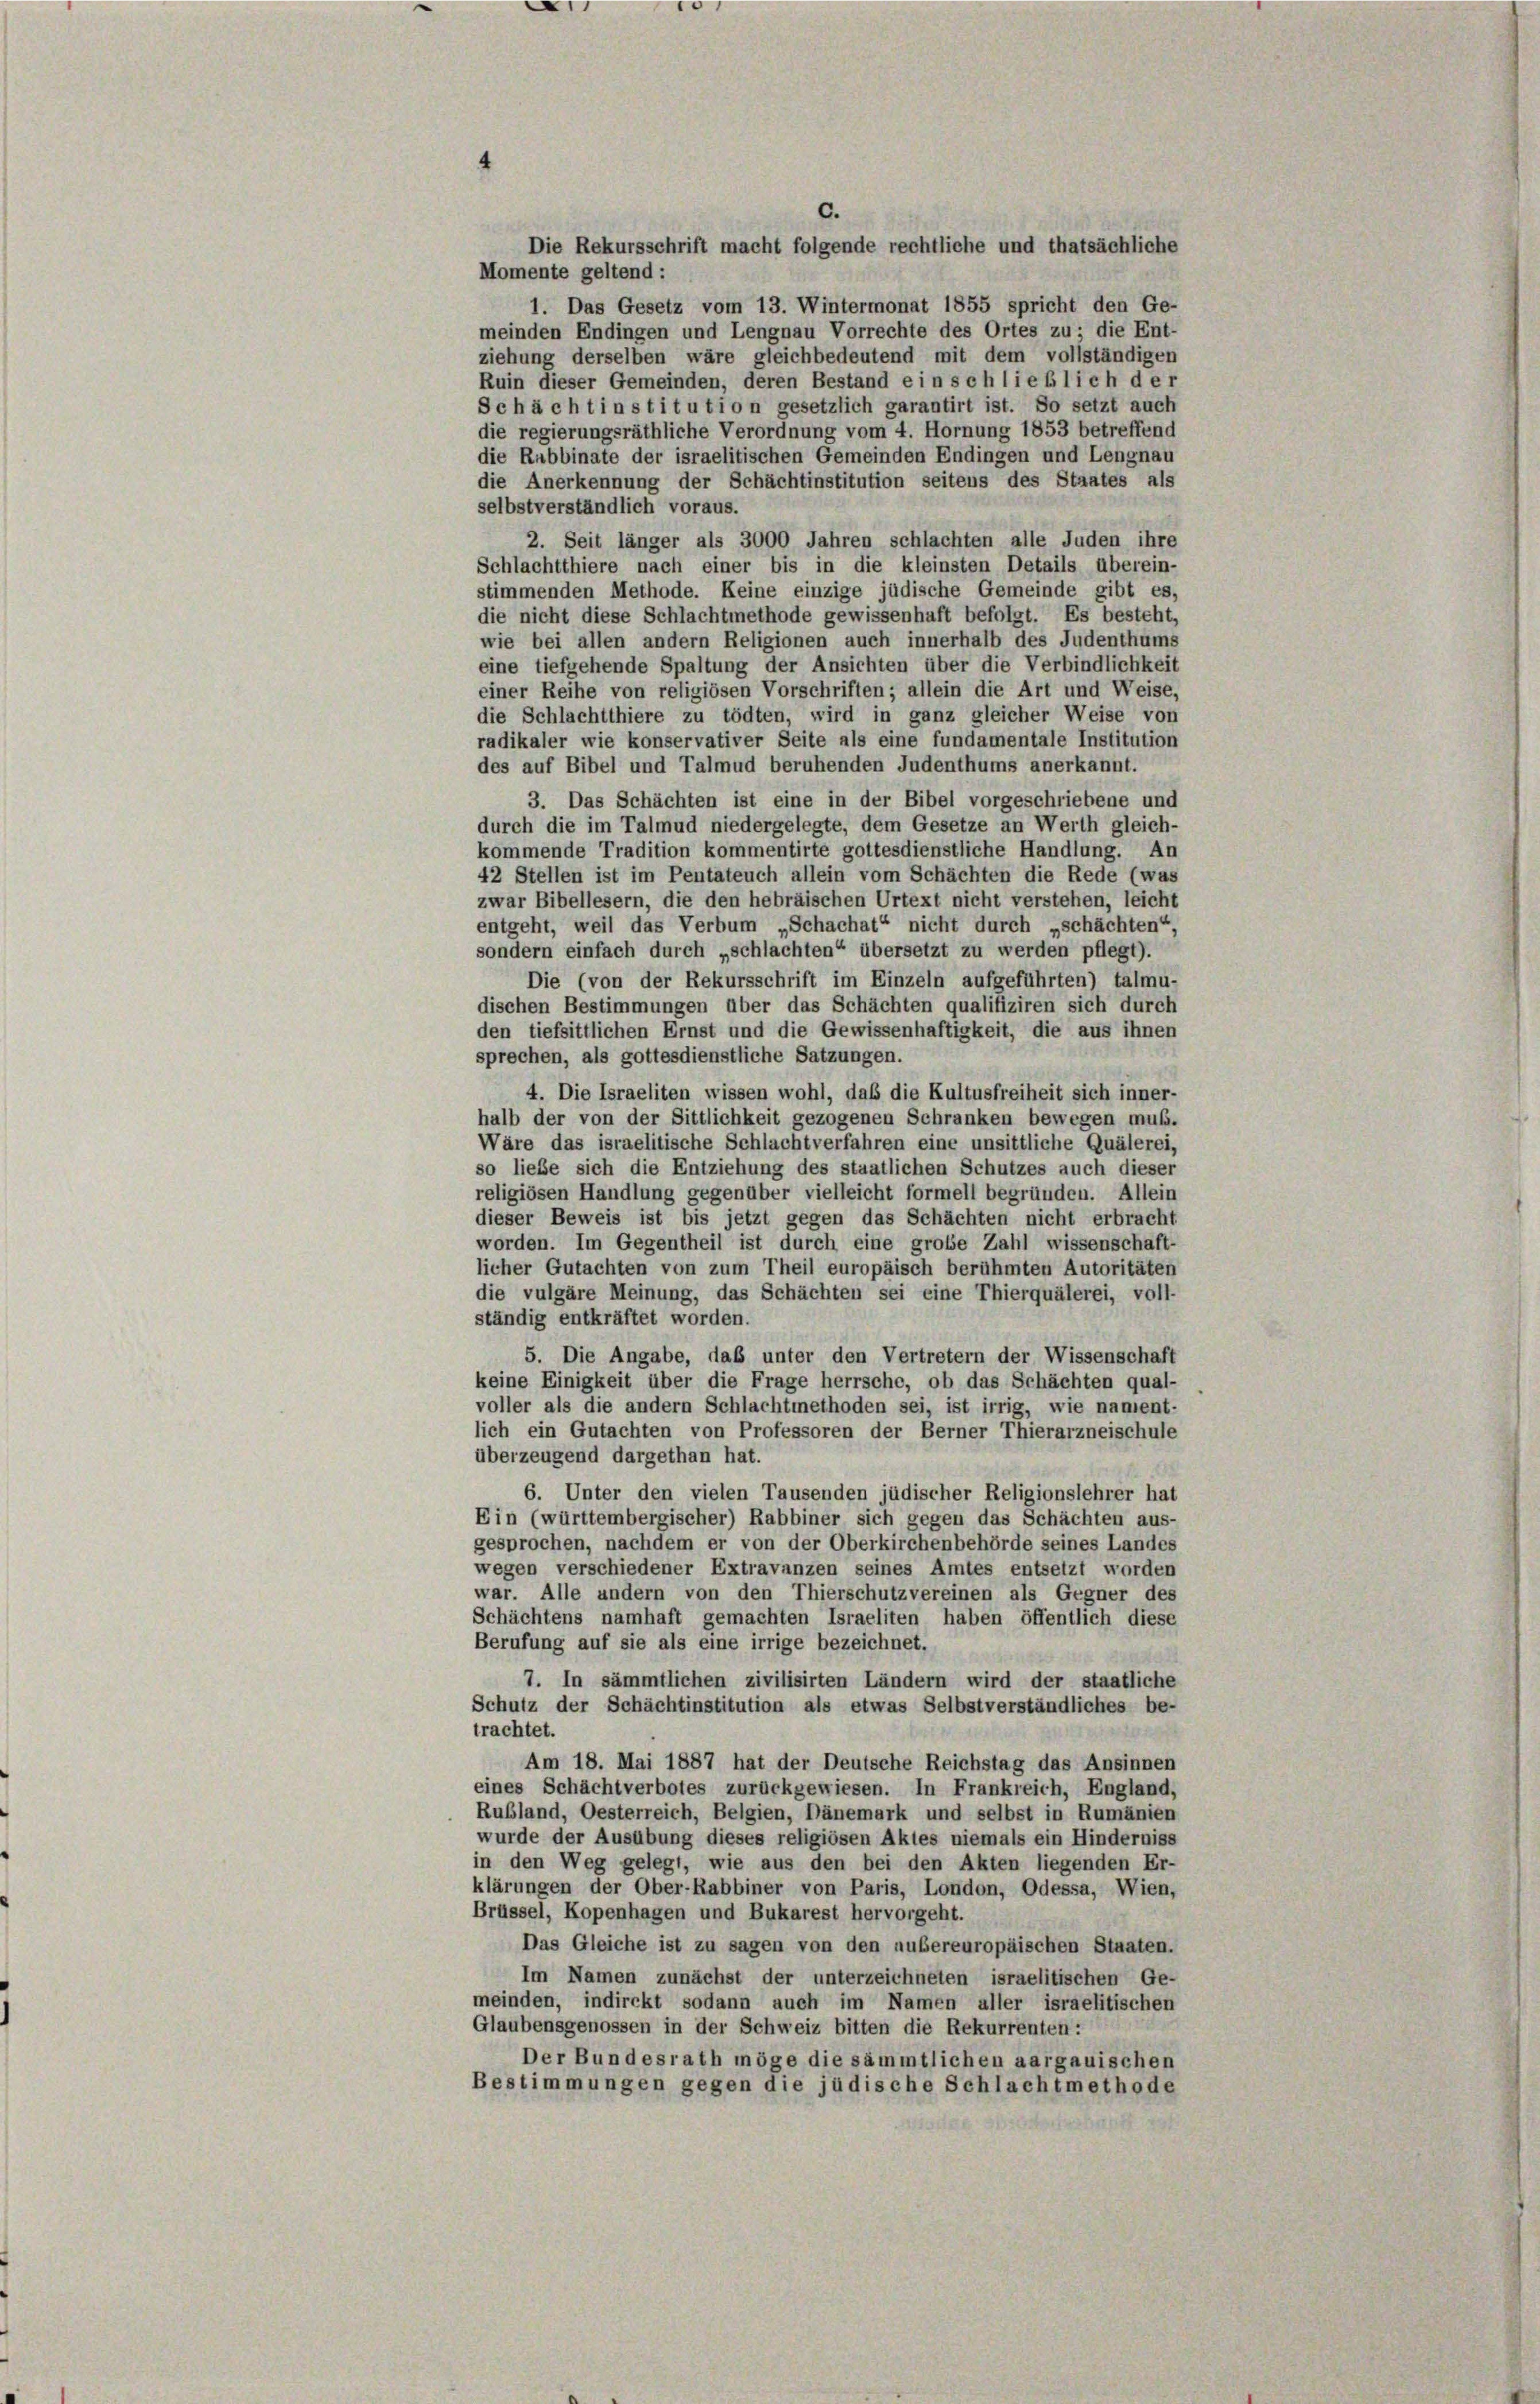
.

0

c.
Die Rekursschrift macht folgende rechtliche und thatsächliche
Momente geltend:
1. Das Gesetz vom 13. Wintermonat 1855 spricht den Ge-
meinden Endingen und Lengnau Vorrechte des Ortes zu die Ent-
ziehung derselben wäre gleichbedeutend mit dem vollständigen
Ruin dieser Gemeinden, deren Bestand ein schließlich der
Sch à ch tinstitution gesetzlich garantirt ist. So setzt auch
die regierungsräthliche Verordnung vom 4. Hornung 1853 betreffend
die Rubbinate der israelitischen Gemeinden Endingen und Lengnau
die Anerkennung der Schächtinstitution seitens des Staates als
selbstverständlich voraus.
2. Seit länger als 3000 Jahren schlachten alle Juden ihre
Schlachtthiere nach einer bis in die kleinsten Details überein-
stimmenden Methode. Keine einzige jüdische Gemeinde gibt es,
die nicht diese Schlachtmethode gewissenhaft befolgt. Es besteht,
wie bei allen andern Religionen auch innerhalb des Judenthums
eine tiefgehende Spaltung der Ansichten über die Verbindlichkeit
einer Reihe von religiösen Vorschriften; allein die Art und Weise,
die Schlachtthiere zu tödten, wird in ganz gleicher Weise von
radikaler wie konservativer Seite als eine fundamentale Institution
des auf Bibel und Talmud beruhenden Judenthums anerkannt.
3. Das Schächten ist eine in der Bibel vorgeschriebene und
durch die im Talmud niedergelegte, dem Gesetze an Werth gleich-
kommende Tradition kommentirte gottesdienstliche Handlung. An
42 Stellen ist im Pentateuch allein vom Schächten die Rede (was
zwar Bibellesern, die den hebräischen Urtext nicht verstehen, leicht
entgeht, weil das Verbum „Schachat“ nicht durch „schächten“,
sondern einfach durch „schlachten“ übersetzt zu werden pflegt).
Die (von der Rekursschrift im Einzeln aufgeführten) talmu-
dischen Bestimmungen über das Schächten qualifiziren sich durch
den tiefsittlichen Ernst und die Gewissenhaftigkeit, die aus ihnen
sprechen, als gottesdienstliche Satzungen.
4. Die Israeliten wissen wohl, daß die Kultusfreiheit sich inner-
halb der von der Sittlichkeit gezogenen Schranken bewegen muß.
Wäre das israelitische Schlachtverfahren eine unsittliche Quälerei,
so liebe sich die Entziehung des staatlichen Schutzes auch dieser
religiösen Handlung gegenüber vielleicht formell begründen. Allein
dieser Beweis ist bis jetzt gegen das Schächten nicht erbracht
worden. Im Gegentheil ist durch eine grobe Zahl wissenschaft-
licher Gutachten von zum Theil europäisch berühmten Autoritäten
die vulgare Meinung, das Schächten sei eine Thierquälerei, voll-
ständig entkräftet worden.
5. Die Angabe, das unter den Vertretern der Wissenschaft
keine Einigkeit über die Frage herrsche, ob das Schächten qual-
voller als die andern Schlachtmethoden sei, ist irrig, wie nament-
lich ein Gutachten von Professoren der Berner Thierarzneischule
überzeugend dargethan hat.
 1
6. Unter den vielen Tausenden jüdischer Religionslehrer hat
Ein (württembergischer) Rabbiner sich gegen das Schächten aus-
gesprochen, nachdem er von der Oberkirchenbehörde seines Landes
wegen verschiedener Extravanzen seines Amtes entsetzt worden
war. Alle andern von den Thierschutzvereinen als Gegner des
Schächtens namhaft gemachten Israeliten haben öffentlich diese
Berufung auf sie als eine irrige bezeichnet.
7. In sämmtlichen zivilisirten Ländern wird der staatliche
Schutz der Schächtinstitution als etwas Selbstverständliches be-
trachtet.
Am 18. Mai 1887 hat der Deutsche Reichstag das Ansinnen
eines Schächtverbotes zurückgewiesen. In Frankreich, England,
Rubland, Oesterreich, Belgien, Dänemark und selbst in Rumänien
wurde der Ausübung dieses religiösen Aktes niemals ein Hinderniss
in den Weg gelegt, wie aus den bei den Akten liegenden Er-
klärungen der Ober-Rabbiner von Paris, London, Odessa, Wien,
Brüssel, Kopenhagen und Bukarest hervorgeht.
Das Gleiche ist zu sagen von den nubereuropäischen Staaten.
Im Namen zunächst der unterzeichneten israelitischen Ge-
meinden, indirekt sodann auch im Namen aller israelitischen
Glaubensgenossen in der Schweiz bitten die Rekurrenten:
Der Bundesrath möge die sämmtlichen aargauischen
Bestimmungen gegen die jüdische Schlachtmethode